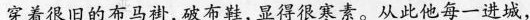
穿着很旧的布马褂,破布鞋,显得很寒素。从此他每一进城，